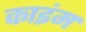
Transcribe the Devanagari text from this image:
काइंम